Medical and sanitary report on the native army of Bombay for the year
Year: 1878
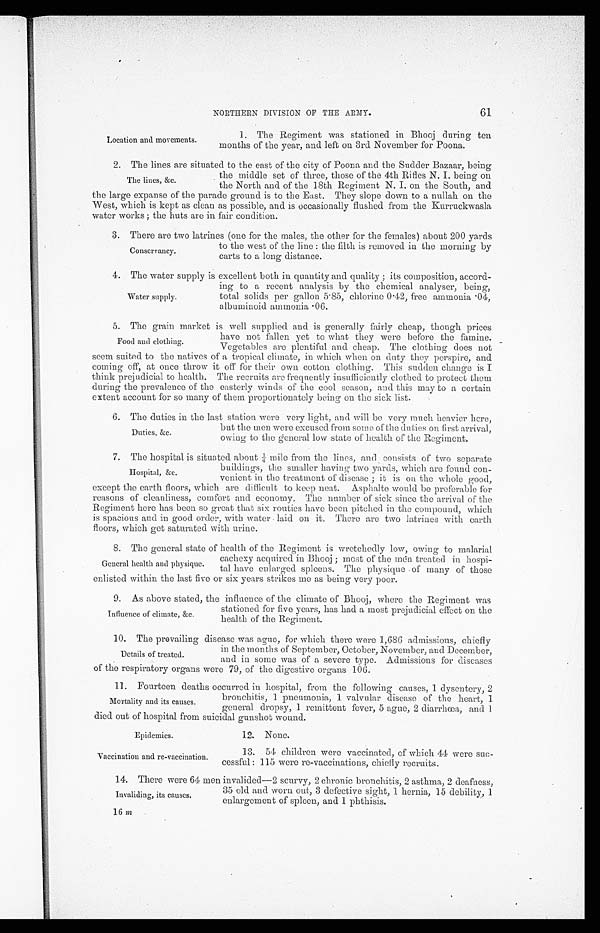
Epidemics.
Vaccination and re-vaccination.
61
NORTHERN DIVISION OF THE ARMY.
Location and movements.
1. The Regiment was stationed in Bhooj during ten
months of the year, and left on 3rd November for Poona.
2. The lines are situated to the east of the city of Poona and the Sadder Bazaar, being
the middle set of three, those of the 4th Rifles N. I. being on
the North and of the 18th Regiment N. I. on the South, and
the large expanse of the parade ground is to the East. They slope down to a nullah on the
West, which is kept as clean as possible, and is occasionally flushed from the Kurruckwasla
water works ; the huts are in fair condition.
3.
There are two latrines (one for the males, the other for the females) about 200 yards
The lines, &c.
Conservancy.
to the west of the line : the filth is removed in the morning by
carts to a long distance.
4.
The water supply is excellent both in quantity and quality ; its composition, accord-
ing to a recent analysis by the chemical analyser, being,
total solids per gallon 5
.
85, chlorine 0 .42, free ammonia
.
04,
albuminoid ammonia
.
06.
5.
The gr ai n mar ket i s wel l suppl i ed and i s gener al l y f ai r l y cheap, t hough pr i ces
have not fallen yet to what they were before the famine.
Vegetables are plentiful and cheap. The clothing does not
seem suited to the natives of a tropical climate, in which when on duty they perspire, and
coming off, at once throw it off for their own cotton clothing. This sudden change is I
think prejudicial to health. The recruits are frequently insufficiently clothed to protect them
during the prevalence of the easterly winds of the cool season, and this may to a certain
extent account for so many of them proportionately being on the sick list.
6. The duties in the last station were very light, and will be very much heavier here,
Water supply.
Food and clothing.
Duties, &c.
but the men were excused from some of the duties on first arrival,
owing to the general low state of health of the Regiment.
7. The hospital is situated about 1/4 mile from the lines, and consists of two separate
Hospital, &c.
buildings, the smaller having two yards, which are found con-
venient in the treatment of disease ; it is on the whole good,
except the earth floors, which are difficult to keep neat. Asphalte would be preferable for
reasons of cleanliness, comfort and economy. The number of sick since the arrival of the
Regiment here has been so great that six routies have been pitched in the compound, which
is spacious aud in good order, with water laid on it. There are two latrines with earth
floors, which get saturated with urine.
8. The general state of health of the Regiment is wretchedly low, owing . to malarial
General health and physique.
cachexy acquired in Bhooj ; most of the men treated in hospi-
tal have enlarged spleens. The physique of many of those
enlisted within the last five or six years strikes me as being very poor.
9. As above stated, the influence of the climate of Bhooj, where the Regiment was
Influence of climate, &c.
stationed for five years, has had a most prejudicial effect on the
health of the Regiment.
10. The prevailing disease was ague, for which there were 1,686 admissions, chiefly
Details of treated.
in the months of September, October, November, and December,
and in some was of a severe type. Admissions for diseases
of the respiratory organs were 79, of the digestive organs 106.
11. Fourteen deaths occurred in hospital, from the following causes, 1 dysentery, 2
Mortality and its causes.
bronchitis, 1 pneumonia, 1 valvular disease of the heart, 1
general dropsy, 1 remittent fever, 5 ague, 2 diarrhœa, and 1
died out of hospital from suicidal gunshot wound.
12. None.
13. 54 children were vaccinated, of which 44 were suc-
cessful : 115 were re-vaccinations, chiefly recruits.
14. There were 64 men invalided—2 scurvy, 2 chronic bronchitis, 2 asthma, 2 deafness,
Invaliding, its causes.
35 old and worn out, 3 defective sight, 1 hernia, 15 debility, 1
enlargement of spleen, and 1 phthisis.
16 m